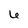
Character: 6